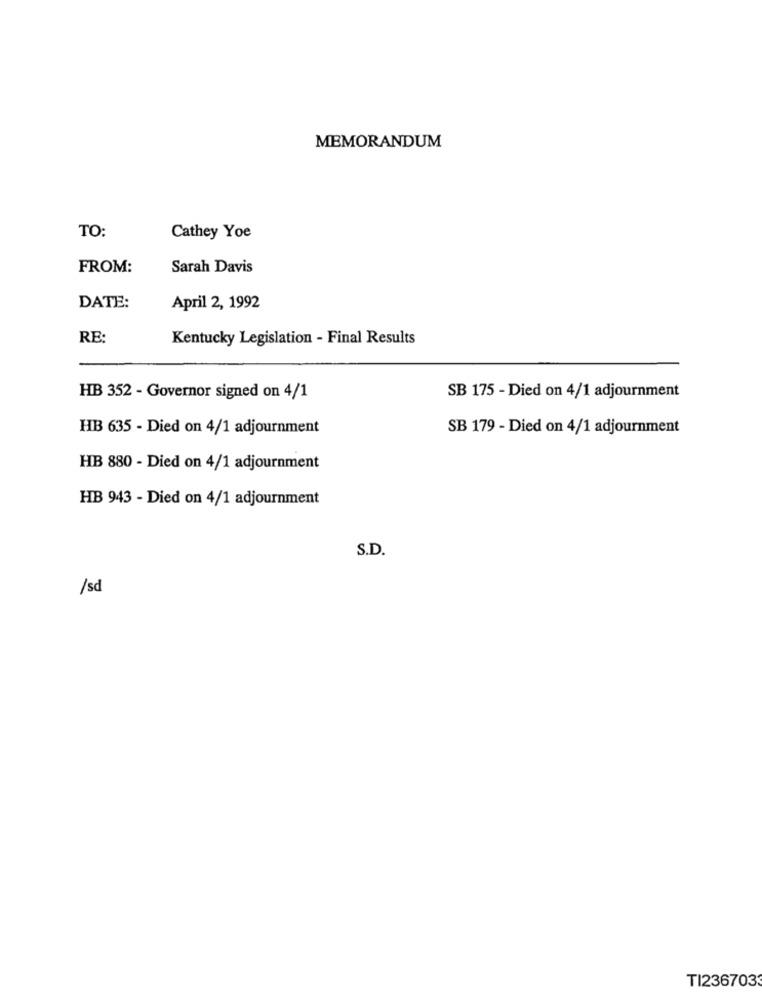
MEMORANDUM
TO:
Cathey Yoe
FROM:
Sarah Davis
DATE:
April 2, 1992
RE:
Kentucky Legislation - Final Results
HB 352 - Governor signed on 4/1
SB 175 - Died on 4/1 adjournment
HB 635 - Died on 4/1 adjournment
SB 179 - Died on 4/1 adjournment
HB 880 - Died on 4/1 adjournment
HB 943 - Died on 4/1 adjournment
S.D.
/sd
TI236703